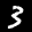
Label: 3